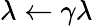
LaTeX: \lambda\leftarrow\gamma\lambda